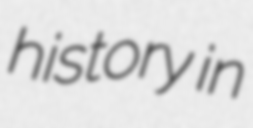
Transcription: history in